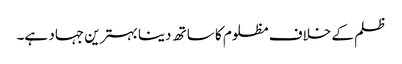
ظلم کے خلاف مظلوم کا ساتھ دینا بہترین جہاد ہے۔